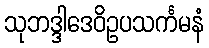
သုဘဒ္ဒါဒေဝိဥပသင်္ကမနံ